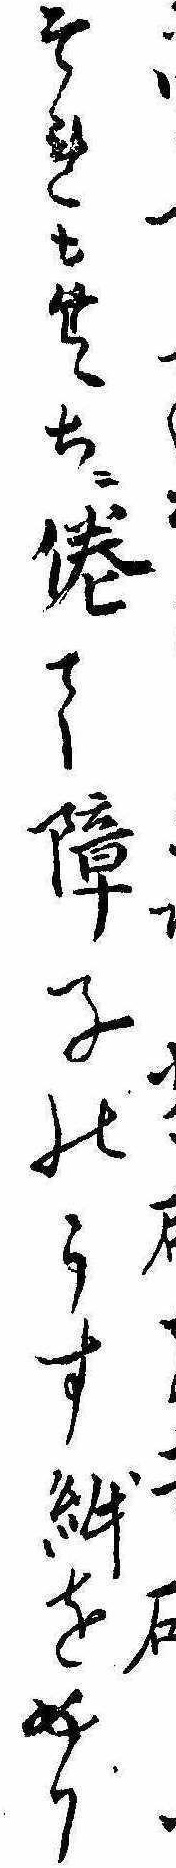
てそれもたゞちに倦て障子のうす紙をめり